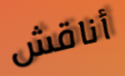
أناقش